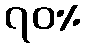
၇၀%